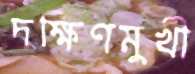
দক্ষিণমুখী